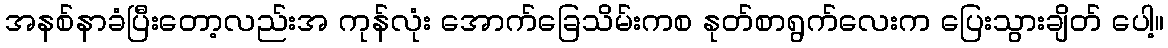
အနစ်နာခံပြီးတော့လည်းအ ကုန်လုံး အောက်ခြေသိမ်းကစ နုတ်စာရွက်လေးက ပြေးသွားချိတ် ပေါ့။